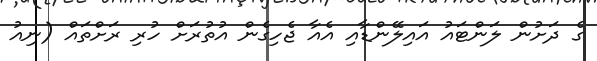
ގެ ދަށުން ލަންޓައު އައިލޭންޑާއި އެއާ ޖެހިގެން އުތުރަށް ހުރި ރަށްތައް (ނިއު